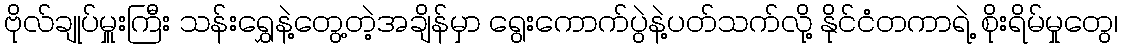
ဗိုလ်ချုပ်မှူးကြီး သန်းရွှေနဲ့တွေ့တဲ့အချိန်မှာ ရွေးကောက်ပွဲနဲ့ပတ်သက်လို့ နိုင်ငံတကာရဲ့ စိုးရိမ်မှုတွေ၊